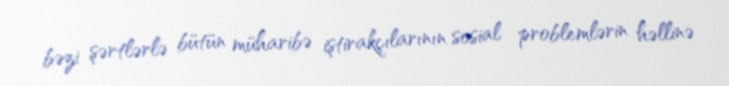
bəzi şərtlərlə bütün müharibə iştirakçılarının sosial problemlərin həllinə